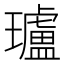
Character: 瓐